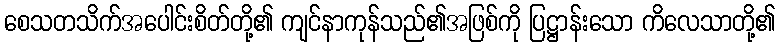
စေသတသိက်အပေါင်းစိတ်တို့၏ ကျင်နာကုန်သည်၏အဖြစ်ကို ပြဋ္ဌာန်းသော ကိလေသာတို့၏